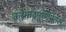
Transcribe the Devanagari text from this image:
कस्मादनुष्णमनलं